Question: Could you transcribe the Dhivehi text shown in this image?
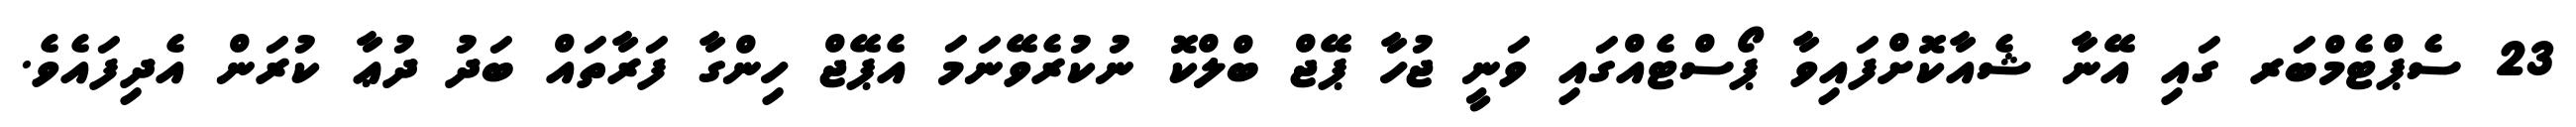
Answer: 23 ސެޕްޓެމްބަރ ގައި އޭނާ ޝެއާކޮށްފައިވާ ޕޯސްޓެއްގައި ވަނީ ޖުހާ ޕޭޖް ބްލްކޮ ނުކުރެވޭނަމަ އެޕޭޖް ހިންގާ ފަރާތައް ބަދު ދުޢާ ކުރަން އެދިފައެވެ.